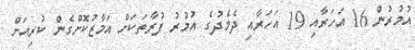
އުމުރުން 16 އަހަރާއި 19 އަހަރާއި ދެމެދުގެ އުމުރު ފުރާތަކަށް އަމާޒުކޮށްގެން ކުރިއަށް